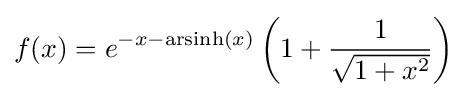
f(x)=e^{-x-\operatorname {arsinh} (x)}\left(1+{\frac {1}{\sqrt {1+x^{2}}}}\right)